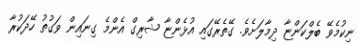
ނިކުމެވޭ ބެލްކަންޏާ ދިމާލަށެވެ. ގޭތެރޭގައި އުޅެންޏާ ޝާރިގް އެންމެ ގިނައިން ވަގުތު ހޭދަކުރާ